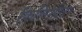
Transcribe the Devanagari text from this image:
किलिमीटर